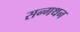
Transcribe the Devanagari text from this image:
सन्गथन